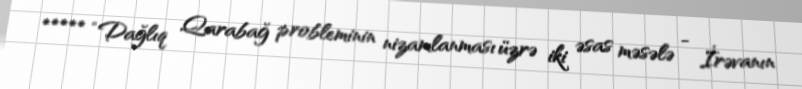
***** “Dağlıq Qarabağ probleminin nizamlanması üzrə iki əsas məsələ - İrəvanın